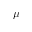
\mu